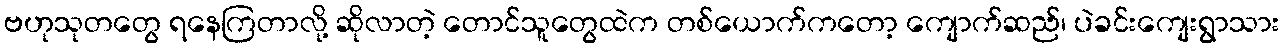
ဗဟုသုတတွေ ရနေကြတာလို့ ဆိုလာတဲ့ တောင်သူတွေထဲက တစ်ယောက်ကတော့ ကျောက်ဆည်၊ ပဲခင်းကျေးရွာသား